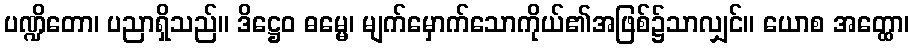
ပဏ္ဍိတော၊ ပညာရှိသည်။ ဒိဋ္ဌေဝ ဓမ္မေ၊ မျက်မှောက်သောကိုယ်၏အဖြစ်၌သာလျှင်။ ယောစ အတ္ထော၊